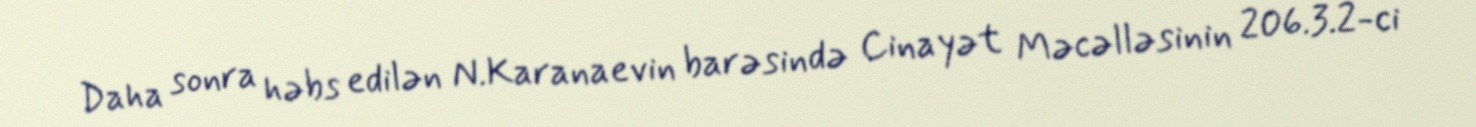
Daha sonra həbs edilən N.Karanaevin barəsində Cinayət Məcəlləsinin 206.3.2-ci